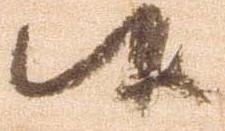
候